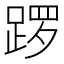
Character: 𫏑